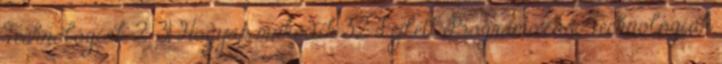
Technológiák 2. 31 Hogyan működik 32 Fejlett Programozási Technológiák